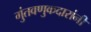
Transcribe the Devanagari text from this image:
गुंतवणुकदारांनी